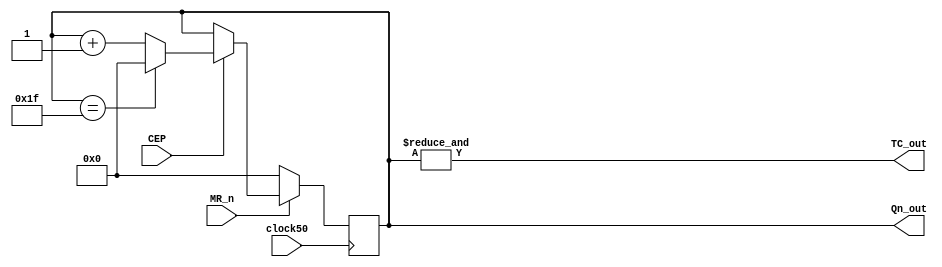
// EEET2162
// Parametised Counter
// N-bit Synchronous Counter with a count enable signal

module param_counter(MR_n, CEP, clock50, Qn_out, TC_out);

parameter counterWidth = 5;
parameter startValue = 0;				// A start value for the clock to restart it's count cycle at

// Define the system inputs and outputs
input MR_n;									// Master reset
input CEP;									// Count enable
//input PE_n;									// Parallel load enable
//input [counterWidth-1:0] Dn;			// Parallel load value
input clock50;								// System clock

output [counterWidth-1:0] Qn_out;	// Current count value
output TC_out;								// Count complete

// Arithmatic operations
reg [counterWidth-1:0] counterValue;

always @(posedge(clock50))
	begin
		// Reset characteristics
		if(MR_n == 1'b0)
			begin
				// Device is in reset state. Set counter to start value
				counterValue = startValue;
			end
	
//		else if(PE_n == 1'b0)
//			begin
//				// Preload functionality
//				counterValue[counterWidth-1:0] = Dn[counterWidth-1:0];
//			end
		
		else if(CEP == 1'b1)
			begin
				// The count is active, check its expiry
				if(counterValue == ((2**counterWidth) - 1'b1))
					begin
						counterValue = startValue;
					end
				else
					begin
						counterValue = counterValue + 1'b1;
					end
			end
	
		else
			// Hold condition
			counterValue = counterValue;
	end

assign Qn_out = counterValue;				// Current count value
assign TC_out = &counterValue;			// Count complete

endmodule